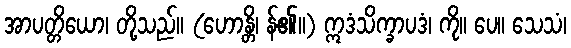
အာပတ္တိယော၊ တို့သည်။ (ဟောန္တိ၊ န်၏။) ဣဒံသိက္ခာပဒံ၊ ကို။ ပေ။ သေသံ၊